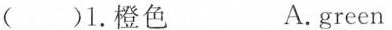
( )1.橙色 A.green